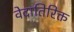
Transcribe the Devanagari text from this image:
वेदातिरिक्त